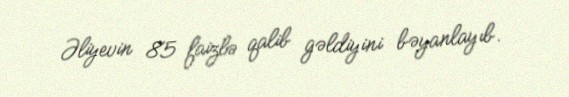
Əliyevin 85 faizlə qalib gəldiyini bəyanlayıb.